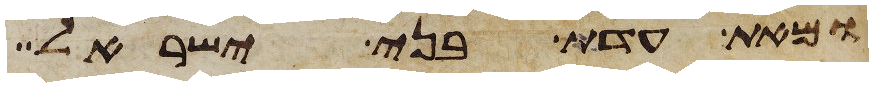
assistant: ומאת עדת בני ישראל